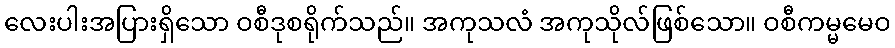
လေးပါးအပြားရှိသော ဝစီဒုစရိုက်သည်။ အကုသလံ အကုသိုလ်ဖြစ်သော။ ဝစီကမ္မမေဝ